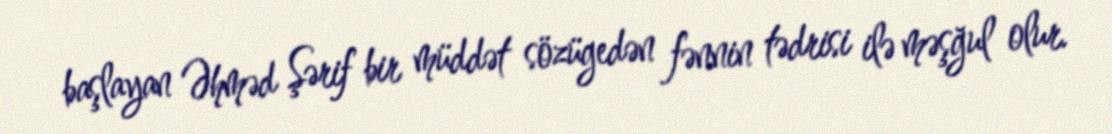
başlayan Əhməd Şərif bir müddət sözügedən fənnin tədrisi ilə məşğul olur.